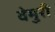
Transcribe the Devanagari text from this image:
वेमुरी